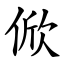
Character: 俽